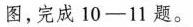
下图，完成10-11题。